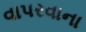
વાપરવાના